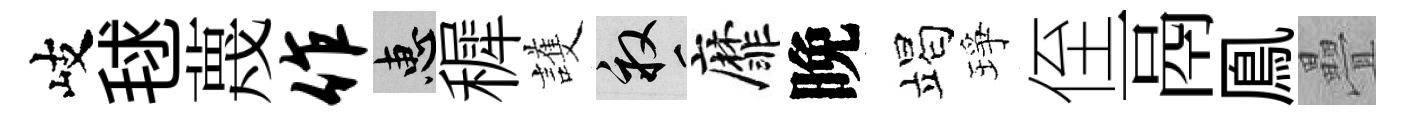
岐毬蔑作惠穉護畝靡晚竭琤侄鬲鳯疊